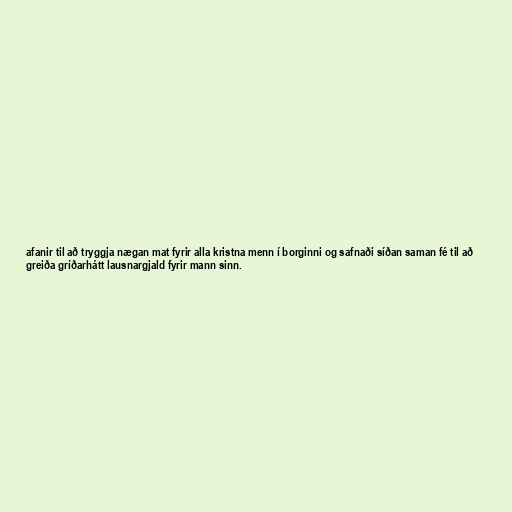
afanir til að tryggja nægan mat fyrir alla kristna menn í borginni og safnaði síðan saman fé til að
greiða gríðarhátt lausnargjald fyrir mann sinn.